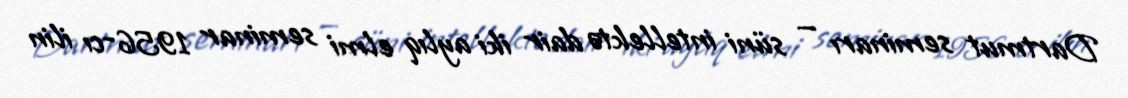
Dartmut seminarı — süni intellektə dair iki aylıq elmi seminar 1956-cı ilin